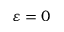
\varepsilon = 0